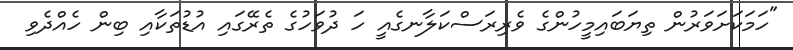
"ހަމަކަށަވަރުން ތިޔަބައިމީހުންގެ ވެރިރަސްކަލާނގެއީ ހަ ދުވަހުގެ ތެރޭގައި އުޑުތަކާއި ބިން ހެއްދެވި